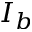
I _ { b }